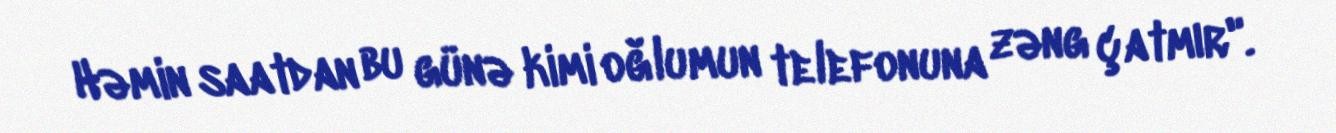
Həmin saatdan bu günə kimi oğlumun telefonuna zəng çatmır".